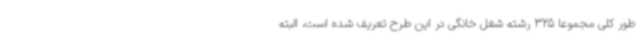
طور کلی مجموعاً 325 رشته شغل خانگی در این طرح تعریف شده است، البته